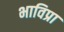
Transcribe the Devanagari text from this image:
भाविप्रा